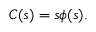
C ( s ) = s \phi ( s ) .